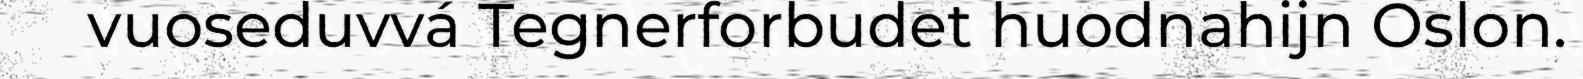
vuoseduvvá Tegnerforbudet huodnahijn Oslon.